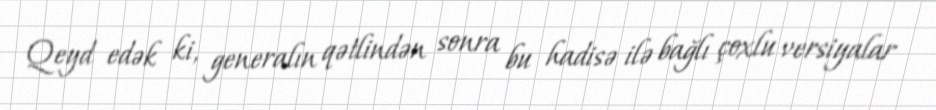
Qeyd edək ki, generalın qətlindən sonra bu hadisə ilə bağlı çoxlu versiyalar